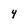
Character: 4